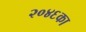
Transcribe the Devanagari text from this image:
२०४६का